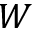
W